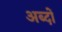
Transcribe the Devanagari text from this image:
अब्दों